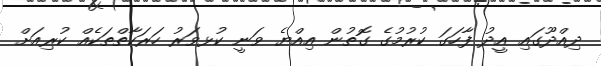
ދިއްދޫގައި އީދު ފާހަގަ ކުރުމުގެ ގޮތުން އިއްޔެ ވަނީ ކުޅވަރު ހަރަކާތްތަކެއް ކުރިއަށް